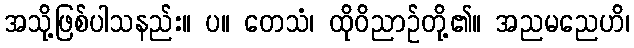
အသို့ဖြစ်ပါသနည်း။ ပ။ တေသံ၊ ထိုဝိညာဉ်တို့၏။ အညမညေဟိ၊